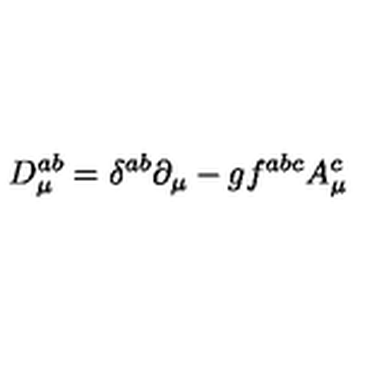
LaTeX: D _ { \mu } ^ { a b } = \delta ^ { a b } \partial _ { \mu } - g f ^ { a b c } A _ { \mu } ^ { c }